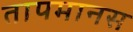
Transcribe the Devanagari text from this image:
तापमानस